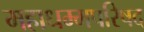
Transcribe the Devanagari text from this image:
महाधम्मपरिषद